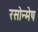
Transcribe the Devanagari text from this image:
रसोन्मेष